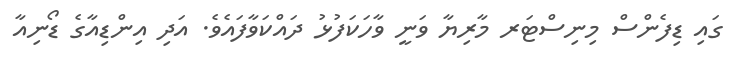
ގައި ޑިފެންސް މިނިސްޓަރ މާރިޔާ ވަނީ ވާހަކަފުޅު ދައްކަވާފައެވެ. އަދި އިންޑިއާގެ ޑޯނިއާ